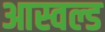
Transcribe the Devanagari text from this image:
आस्वल्ड